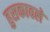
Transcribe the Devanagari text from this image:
हुसकावले